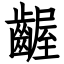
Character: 齷